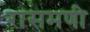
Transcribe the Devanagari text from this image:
रासमणी